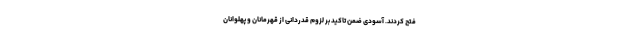
فتح کردند. آسودی ضمن تاکید بر لزوم قدردانی از قهرمانان و پهلوانان